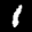
Label: 1